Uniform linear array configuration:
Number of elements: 12
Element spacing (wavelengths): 0.5
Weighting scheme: kaiser
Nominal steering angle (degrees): -15
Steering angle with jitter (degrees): -14.547
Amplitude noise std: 0.05
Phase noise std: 0.05

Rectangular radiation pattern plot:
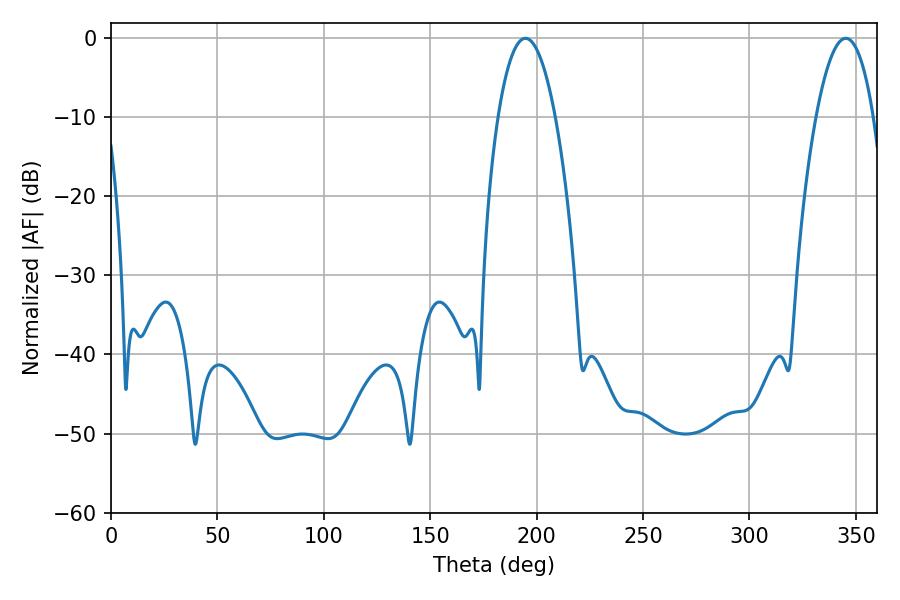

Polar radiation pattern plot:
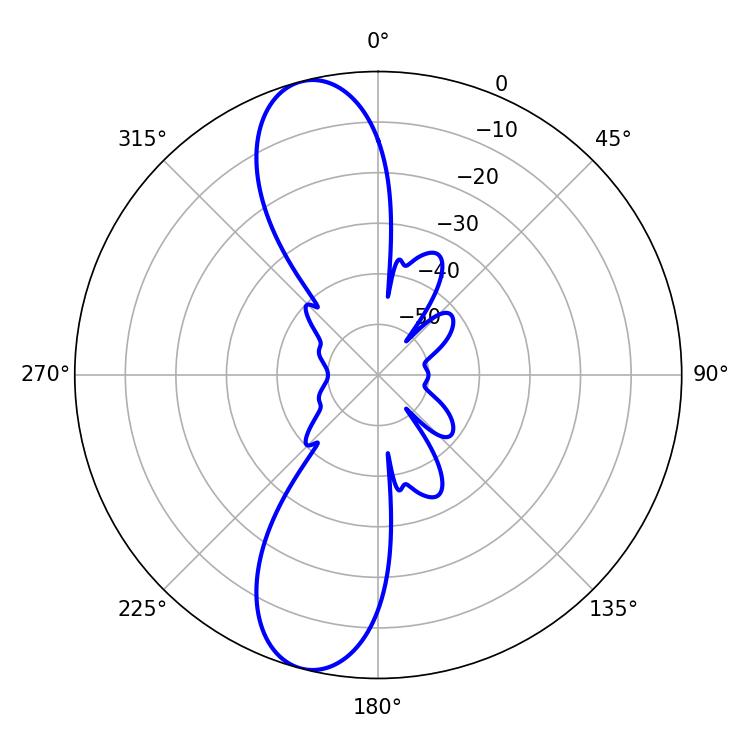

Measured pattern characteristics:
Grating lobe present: FALSE
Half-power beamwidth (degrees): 14.94
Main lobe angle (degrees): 194.76